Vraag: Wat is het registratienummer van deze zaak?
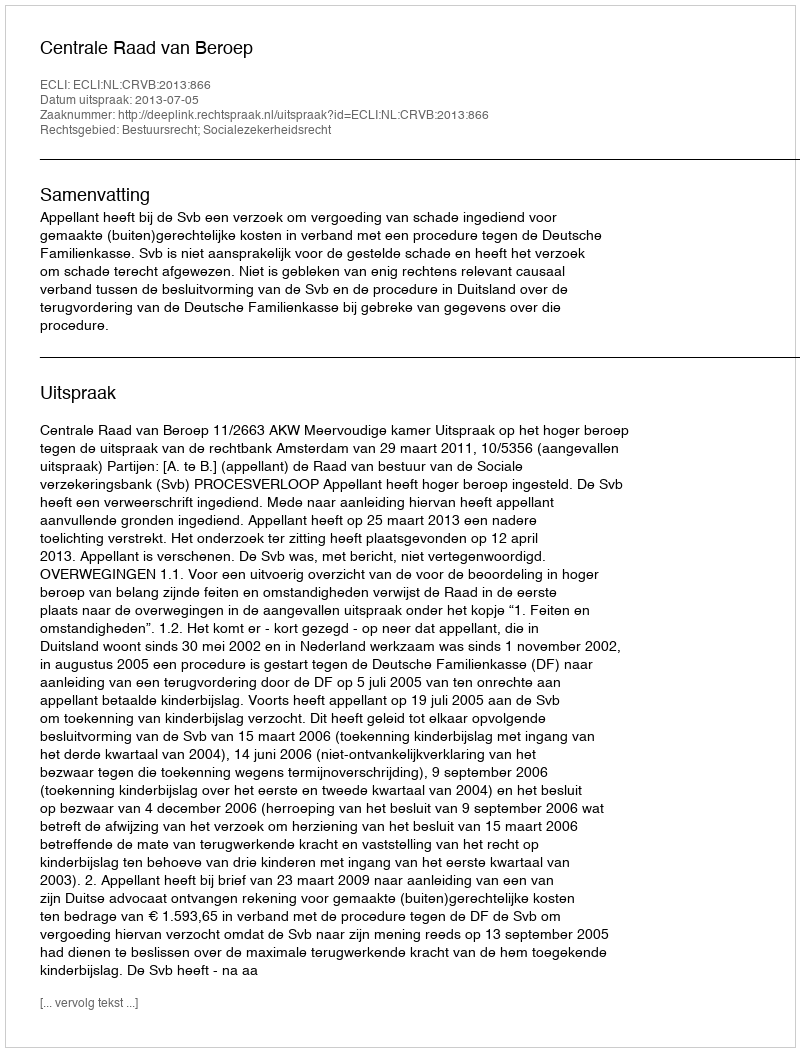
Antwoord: http://deeplink.rechtspraak.nl/uitspraak?id=ECLI:NL:CRVB:2013:866